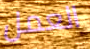
العمل